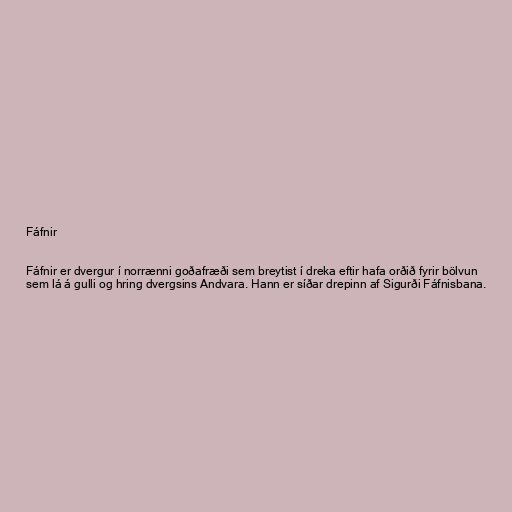
Fáfnir

Fáfnir er dvergur í norrænni goðafræði sem breytist í dreka eftir hafa orðið fyrir bölvun
sem lá á gulli og hring dvergsins Andvara. Hann er síðar drepinn af Sigurði Fáfnisbana.